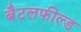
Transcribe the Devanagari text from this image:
बैटलफील्ड